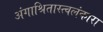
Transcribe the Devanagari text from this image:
अंगाश्रितास्त्वलंकारा